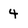
Character: 4